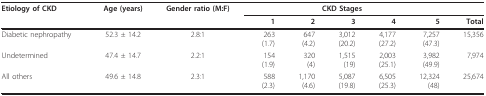
<table><thead><tr><td><b>Etiology of CKD</b></td><td><b>Age (years)</b></td><td><b>Gender ratio (M:F)</b></td><td colspan="5"><b>CKD Stages</b></td><td></td></tr><tr><td></td><td></td><td></td><td><b>1</b></td><td><b>2</b></td><td><b>3</b></td><td><b>4</b></td><td><b>5</b></td><td><b>Total</b></td></tr></thead><tbody><tr><td>Diabetic nephropathy</td><td>52.3 ± 14.2</td><td>2.8:1</td><td>263(1.7)</td><td>647(4.2)</td><td>3,012(20.2)</td><td>4,177(27.2)</td><td>7,257(47.3)</td><td>15,356</td></tr><tr><td>Undetermined</td><td>47.4 ± 14.7</td><td>2.2:1</td><td>154(1.9)</td><td>320(4)</td><td>1,515(19)</td><td>2,003(25.1)</td><td>3,982(49.9)</td><td>7,974</td></tr><tr><td>All others</td><td>49.6 ± 14.8</td><td>2.3:1</td><td>588(2.3)</td><td>1,170(4.6)</td><td>5,087(19.8)</td><td>6,505(25.3)</td><td>12,324(48)</td><td>25,674</td></tr></tbody></table>